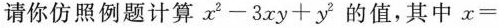
请你仿照例题计算$$x^{2}-3xy+y^{2}$$的值，其中x=